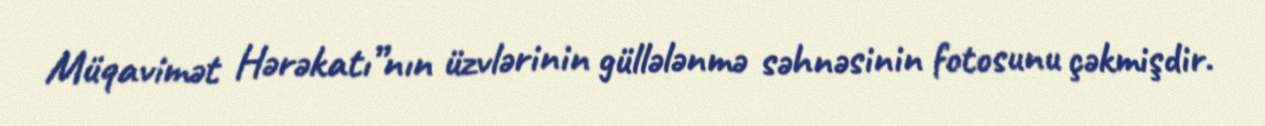
Müqavimət Hərəkatı”nın üzvlərinin güllələnmə səhnəsinin fotosunu çəkmişdir.